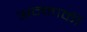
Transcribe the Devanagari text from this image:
अन्नाकी